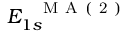
E _ { 1 s } ^ { \mathrm { ~ \textbf ~ { ~ M ~ A ~ ( ~ 2 ~ ) ~ } ~ } }